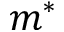
m ^ { * }